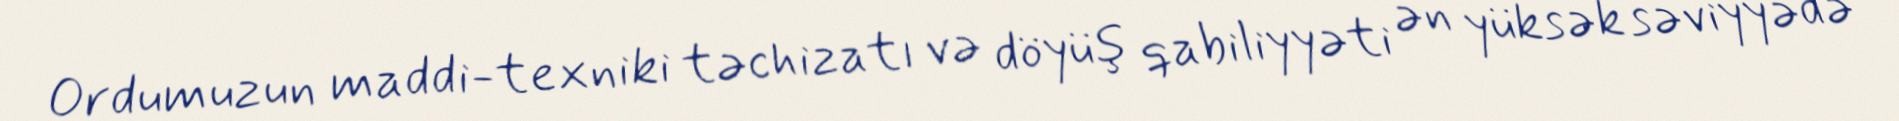
Ordumuzun maddi-texniki təchizatı və döyüş qabiliyyəti ən yüksək səviyyədə